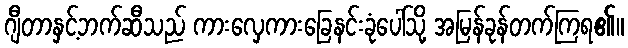
ဂျီတာနှင့်ဘက်ဆီသည် ကားလှေကားခြေနင်းခုံပေါ်သို့ အမြန်ခုန်တက်ကြရ၏။